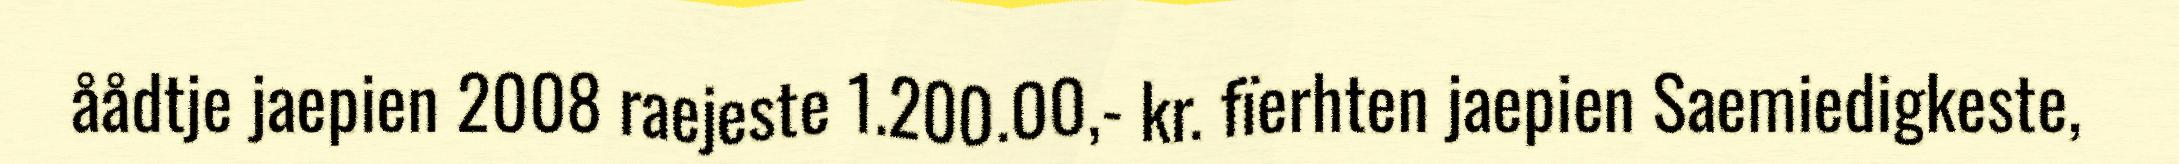
åådtje jaepien 2008 raejeste 1.200.00,- kr. fïerhten jaepien Saemiedigkeste,